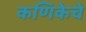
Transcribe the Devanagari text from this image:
कणिकेचे